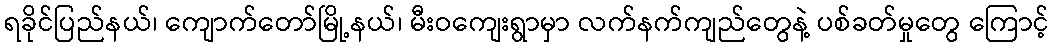
ရခိုင်ပြည်နယ်၊ ကျောက်တော်မြို့နယ်၊ မီးဝကျေးရွာမှာ လက်နက်ကျည်တွေနဲ့ ပစ်ခတ်မှုတွေ ကြောင့်